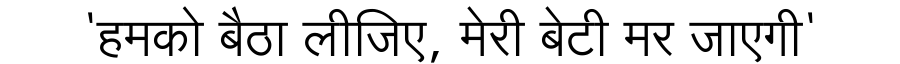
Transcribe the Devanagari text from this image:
'हमको बैठा लीजिए, मेरी बेटी मर जाएगी'